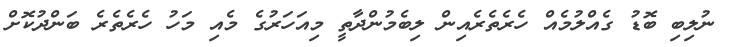
ނުލިބި ބޮޑު ގެއްލުމެއް ހެރެތެރެއިން ލިބެމުންދާތީ މިއަހަރުގެ މެއި މަހު ހެރެތެރެ ބަންދުކޮށް